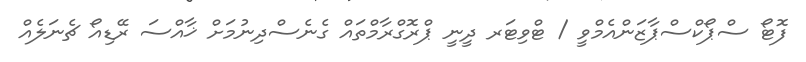
ފޮޓޯ ސްޕޯކްސްޕާޒަންއެމްވީ / ޓްވިޓަރ ދީނީ ޕްރޮގްރާމްތައް ގެނެސްދިނުމަށް ޚާއްސަ ރޭޑިއޯ ޗެނަލެއް